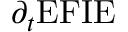
\partial _ { t } \mathrm { E F I E }